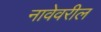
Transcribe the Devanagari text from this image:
नावेवरील